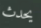
يحدث